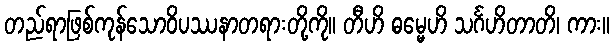
တည်ရာဖြစ်ကုန်သောဝိပဿနာတရားတို့ကို။ တီဟိ ဓမ္မေဟိ သင်္ဂဟိတာတိ၊ ကား။